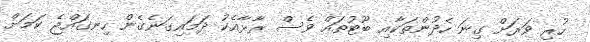
ހުރި ވަރަށް ގިނަ ހެދުންތަކާއި ބޫޓުތައް ވެސް ރާޅާއެކު ދަމައިގަނެގެން ހިނގައްޖެ ކަމަށް